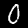
Label: 0